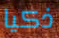
ذكيا